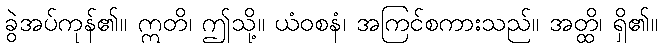
ခွဲအပ်ကုန်၏။ ဣတိ၊ ဤသို့။ ယံဝစနံ၊ အကြင်စကားသည်။ အတ္ထိ၊ ရှိ၏။